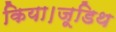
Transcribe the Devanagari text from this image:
किया।जूडिथ